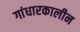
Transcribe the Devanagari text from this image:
गांधारकालीन